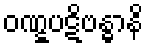
ဝဏ္ဋပဋိဗန္ဓာနိ